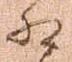
相